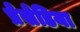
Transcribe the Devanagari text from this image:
प्रेसेडिया